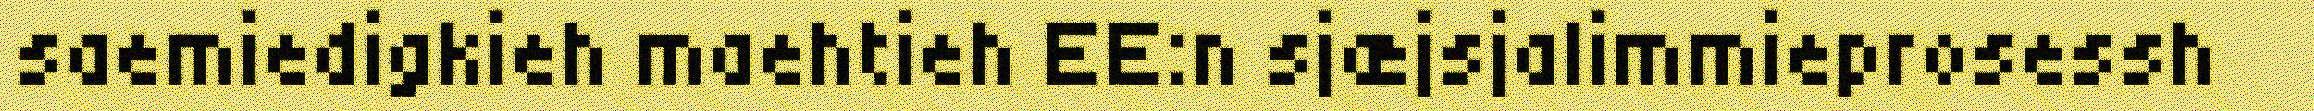
saemiedigkieh maehtieh EE:n sjæjsjalimmieprosessh